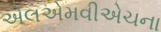
એલએમવીએચના